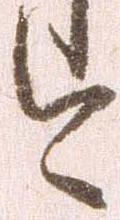
今